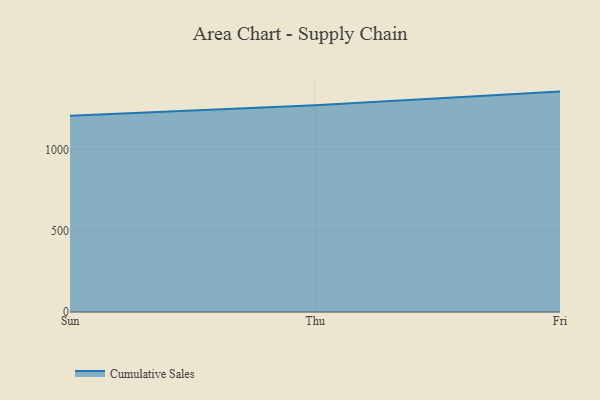
{"axis": {"x": "Day", "y": "Market Share (%)"}, "legend": ["Cumulative Sales"], "data": [{"x": "Sun", "y": 1207.0, "type": "Cumulative Sales"}, {"x": "Thu", "y": 1271.2, "type": "Cumulative Sales"}, {"x": "Fri", "y": 1354.7, "type": "Cumulative Sales"}]}